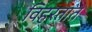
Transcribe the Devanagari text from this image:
विहरतात